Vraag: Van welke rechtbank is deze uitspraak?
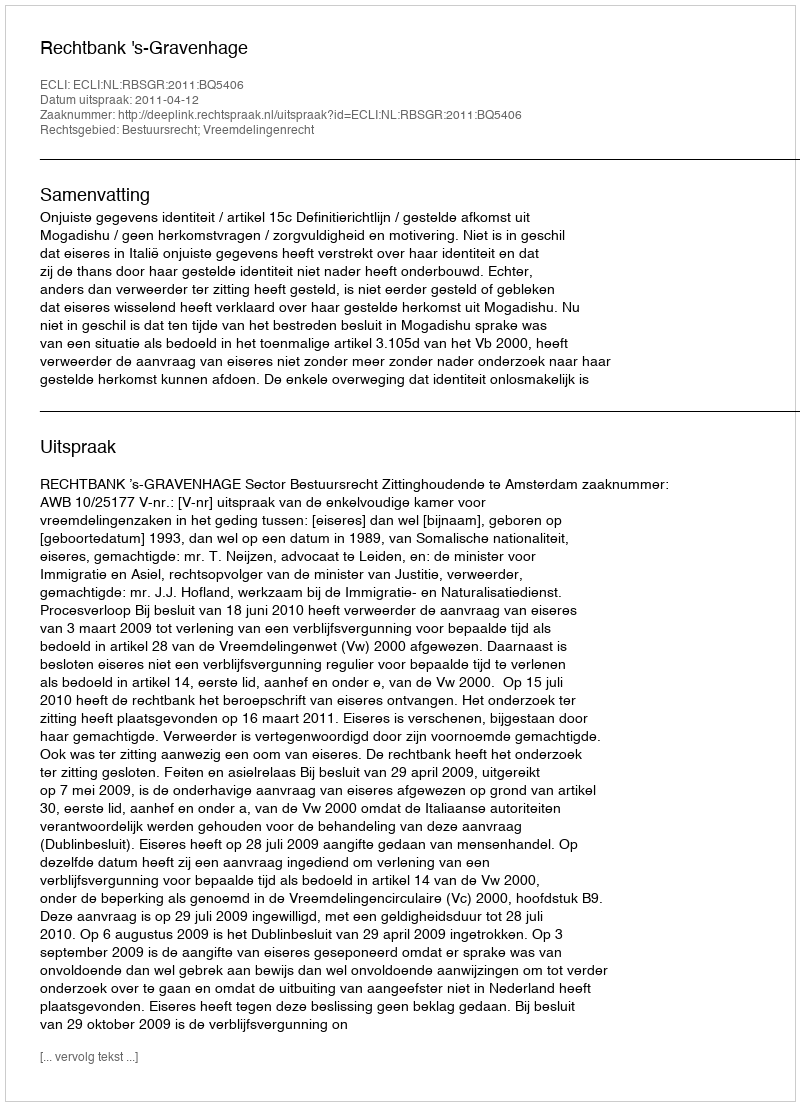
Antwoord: Rechtbank 's-Gravenhage